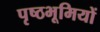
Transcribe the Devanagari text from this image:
पृष्‍ठभूमियों